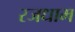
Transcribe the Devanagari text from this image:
रजधाम